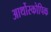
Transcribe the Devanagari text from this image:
आर्थोस्कोपिक